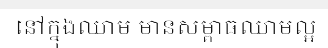
នៅក្នុងឈាម មានសម្ពាធឈាមល្អ